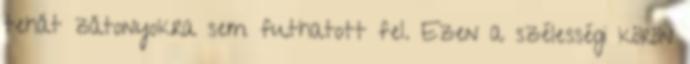
tehát zátonyokra sem futhatott fel. Ezen a szélességi körön